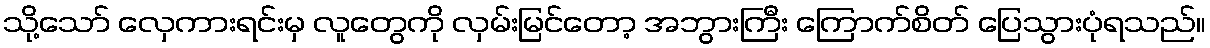
သို့သော် လှေကားရင်းမှ လူတွေကို လှမ်းမြင်တော့ အဘွားကြီး ကြောက်စိတ် ပြေသွားပုံရသည်။